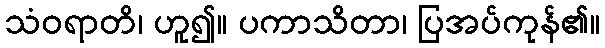
သံဝရာတိ၊ ဟူ၍။ ပကာသိတာ၊ ပြအပ်ကုန်၏။